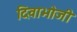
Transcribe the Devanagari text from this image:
दिवाभोजी